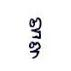
ឌ្ឌ